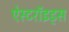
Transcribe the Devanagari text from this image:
ऐस्टरॉइड्स